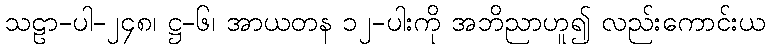
သဠာ-ပါ-၂၄၈၊ ဋ္ဌ-၆၊ အာယတန ၁၂-ပါးကို အဘိညာဟူ၍ လည်းကောင်းယ